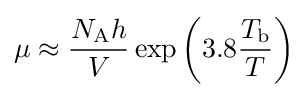
\mu \approx {\frac {N_{\text{A}}h}{V}}\operatorname {exp} \left(3.8{\frac {T_{\text{b}}}{T}}\right)